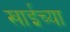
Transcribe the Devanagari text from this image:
खाईच्या